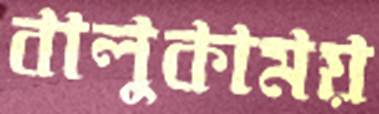
বালুকাময়